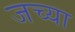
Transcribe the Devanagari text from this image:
जच्या